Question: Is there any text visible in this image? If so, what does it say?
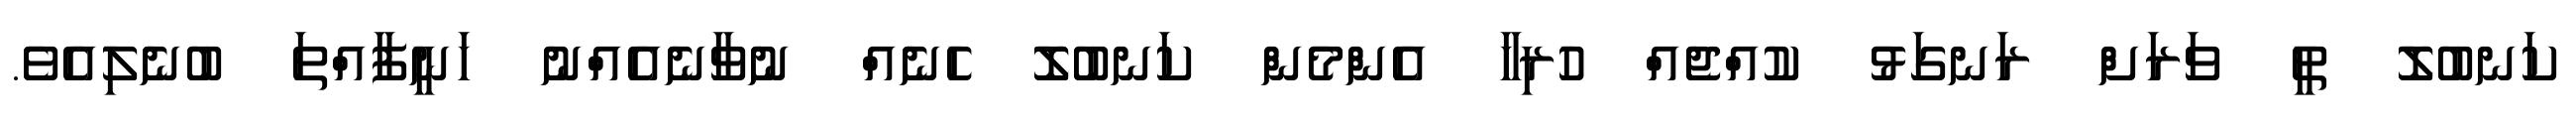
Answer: ކަނބުލޮ ތީ ވަރަށް ރަނގަޅު ކުއްޖެއް ހުރިހާ އެންމެން ކަނބުލޮ ހެނެއް ނުވާނެއެއްނު ހަނީފާއްތަ ބުނެލިއެވެ.